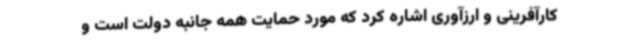
کارآفرینی و ارزآوری اشاره کرد که مورد حمایت همه جانبه دولت است و